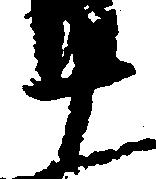
十